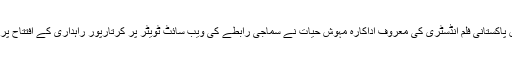
تفصیلات کے مطابق پاکستانی فلم انڈسٹری کی معروف اداکارہ مہوش حیات نے سماجی رابطے کی ویب سائٹ ٹویٹر پر کرتارپور راہداری کے افتتاح پر خوشی کا اظہار کیا۔